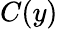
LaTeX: C(y)